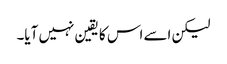
لیکن اسے اس کا یقین نہیں آیا۔